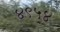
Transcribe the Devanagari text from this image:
४९५४